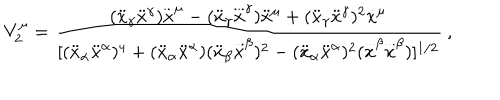
V _ { 2 } ^ { \mu } = \frac { ( \ddot { x } _ { \gamma } \ddot { x } ^ { \gamma } ) \stackrel { . . . } x ^ { \mu } - ( \ddot { x } _ { \gamma } \stackrel { . . . } x ^ { \gamma } ) \ddot { x } ^ { \mu } + ( \ddot { x } _ { \gamma } \ddot { x } ^ { \gamma } ) ^ { 2 } \dot { x } ^ { \mu } } { [ ( \ddot { x } _ { \alpha } \ddot { x } ^ { \alpha } ) ^ { 4 } + ( \ddot { x } _ { \alpha } \ddot { x } ^ { \alpha } ) ( \ddot { x } _ { \beta } \stackrel { . . . } x ^ { \beta } ) ^ { 2 } - ( \ddot { x } _ { \alpha } \ddot { x } ^ { \alpha } ) ^ { 2 } ( \stackrel { . . . } x ^ { \beta } \stackrel { . . . } x ^ { \beta } ) ] ^ { 1 / 2 } } ~ ,